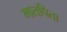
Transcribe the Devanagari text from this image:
मातपिता